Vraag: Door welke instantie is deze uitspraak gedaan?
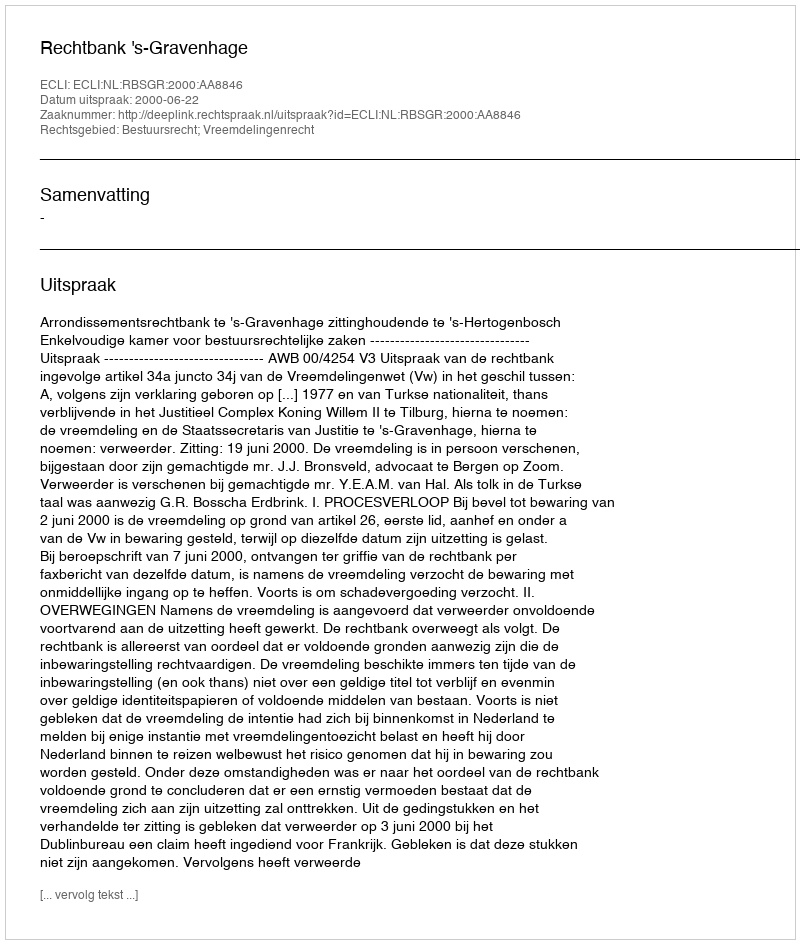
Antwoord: Rechtbank 's-Gravenhage